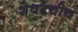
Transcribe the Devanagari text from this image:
शेवटचीच